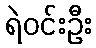
ရဲဝင်းဦး